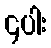
၄ပါး